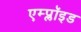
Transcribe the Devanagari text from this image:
एम्प्लॉइड